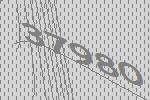
37980